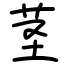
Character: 茎